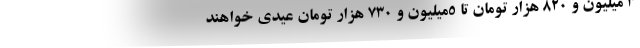
۳ میلیون و ۸۲۰ هزار تومان تا ۵میلیون و ۷۳۰ هزار تومان عیدی خواهند